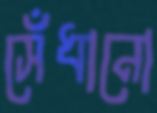
সেঁধানো